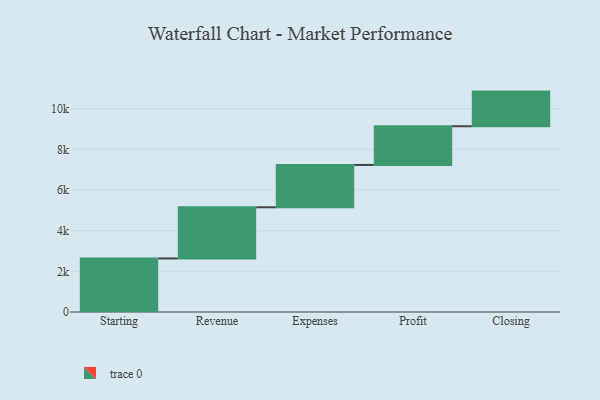
{"axis": {"x": "Step", "y": "Value"}, "legend": [""], "data": [{"x": "Starting", "y": 2633.0, "type": ""}, {"x": "Revenue", "y": 2518.0, "type": ""}, {"x": "Expenses", "y": 2080.0, "type": ""}, {"x": "Profit", "y": 1905.0, "type": ""}, {"x": "Closing", "y": 1703.0, "type": ""}]}